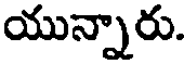
యున్నారు.